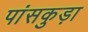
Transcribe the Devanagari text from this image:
पांसकुड़ा